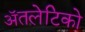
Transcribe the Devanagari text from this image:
ॲतलेटिको